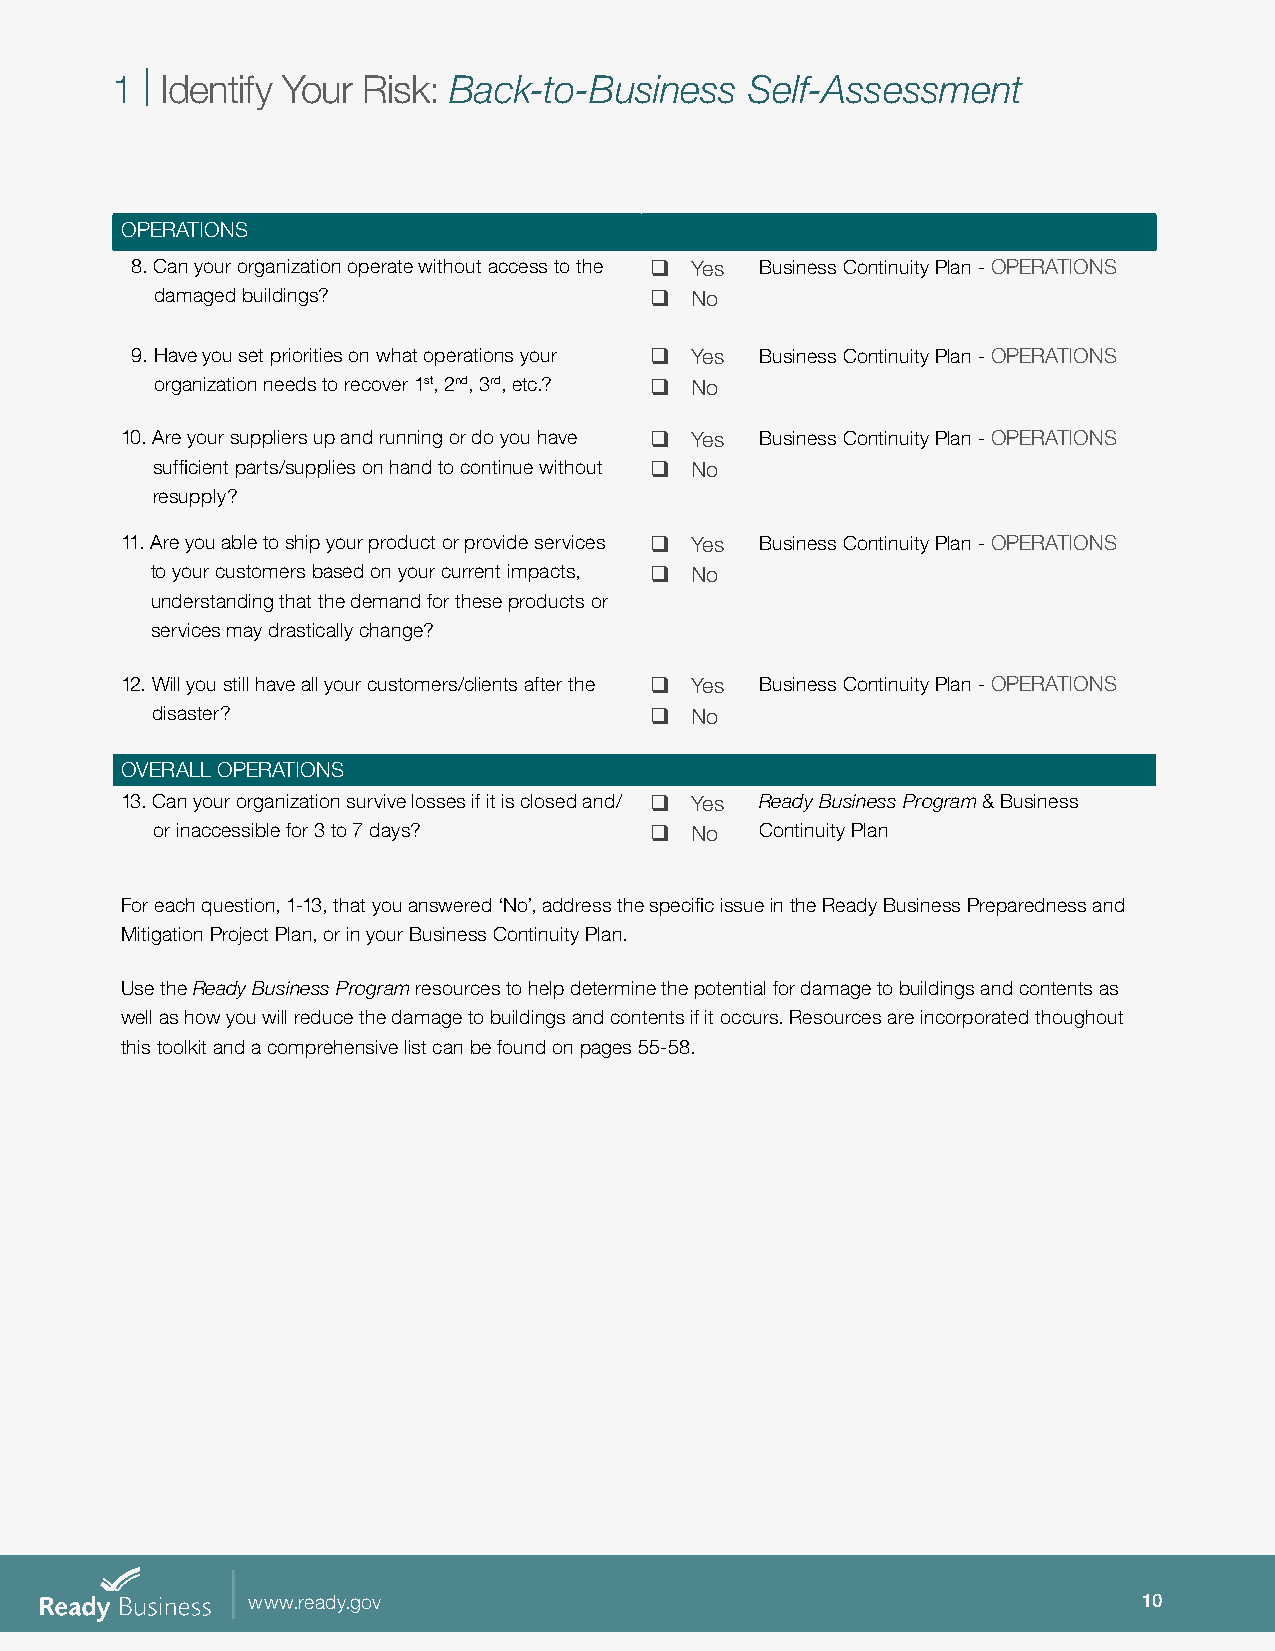
1 | Identify Your Risk: Back-to-Business   Self-Assessment
 OPERATIONS
 8. C an your organization operate without access to the q Yes Business Continuity Plan - OPERATIONS
 damaged buildings?               q  No
 9. Have you set priorities on what operations your q Yes Business Continuity Plan - OPERATIONS
 organization needs to recover 1st, 2nd, 3rd, etc.? q No
 10. A re your suppliers up and running or do you have q Yes Business Continuity Plan - OPERATIONS
 sufficient parts/supplies on hand to continue without q No
 resupply?
 11. A re you able to ship your product or provide services q Yes Business Continuity Plan - OPERATIONS
 to your customers based on your current impacts, q No
 understanding that the demand for these products or
 services may drastically change?
 12. W ill you still have all your customers/clients after the q Yes Business Continuity Plan - OPERATIONS
 disaster?                        q  No
 OVERALL OPERATIONS
 13. C an your organization survive losses if it is closed and/ q Yes Ready Business Program & Business
 or inaccessible for 3 to 7 days? q  No  Continuity Plan
 For each question, 1-13, that you answered ‘No’, address the specific issue in the Ready Business Preparedness and
 Mitigation Project Plan, or in your Business Continuity Plan.
 Use the Ready Business Program resources to help determine the potential for damage to buildings and contents as
 well as how you will reduce the damage to buildings and contents if it occurs. Resources are incorporated thoughout
 this toolkit and a comprehensive list can be found on pages 55-58.
 www.ready.gov                                               10